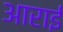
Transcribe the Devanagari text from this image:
आराई